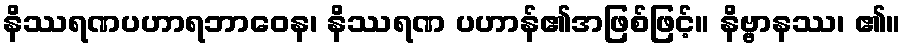
နိဿရဏပဟာရဘာဝေန၊ နိဿရဏ ပဟာန်၏အဖြစ်ဖြင့်။ နိဗ္ဗာနဿ၊ ၏။